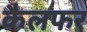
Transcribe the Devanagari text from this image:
कैलफर